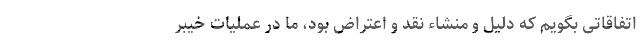
اتفاقاتی بگویم که دلیل و منشاء نقد و اعتراض بود، ما در عملیات خیبر